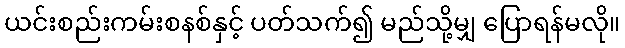
ယင်းစည်းကမ်းစနစ်နှင့် ပတ်သက်၍ မည်သို့မျှ ပြောရန်မလို။